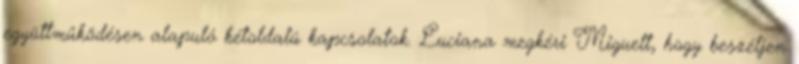
együttműködésen alapuló kétoldalú kapcsolatok. Luciana megkéri Miguelt, hogy beszéljen